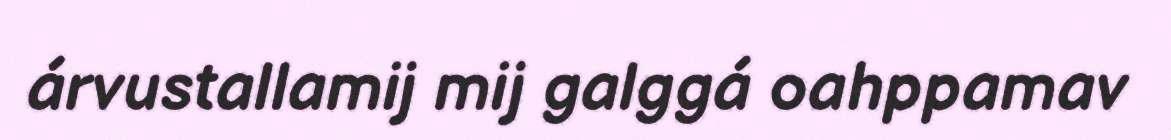
árvustallamij mij galggá oahppamav